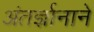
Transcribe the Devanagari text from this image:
अंतर्ज्ञानाने